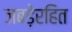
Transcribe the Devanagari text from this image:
जबड़ेरहित